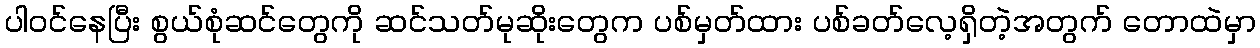
ပါဝင်နေပြီး စွယ်စုံဆင်တွေကို ဆင်သတ်မုဆိုးတွေက ပစ်မှတ်ထား ပစ်ခတ်လေ့ရှိတဲ့အတွက် တောထဲမှာ